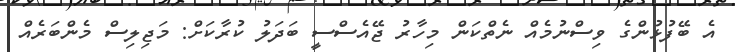
އެ ބޭފުޅުންގެ ވިސްނުމެެއް ނެތްކަން މިހާރު ޖޭއެސްސީ ބަދަލު ކުރާކަށް: މަޖިލިސް މެންބަރެއް